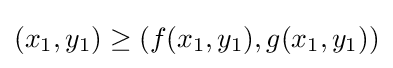
(x_{1},y_{1})\geq (f(x_{1},y_{1}),g(x_{1},y_{1}))